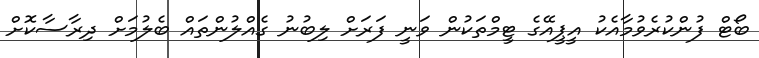
ބޯޓް ފުންކުރެވުމާއެކު އީޕީއޭގެ ޓީމްތަކުން ވަނީ ފަރަށް ލިބުނު ގެއްލުންތައް ބެލުމަށް ދިރާސާކޮށް